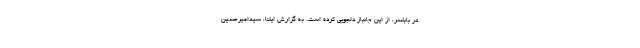
در بابلسر، از این جانباز دلجویی کرده است. به گزارش ایلنا، سیدامیرحسین